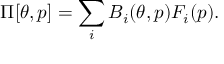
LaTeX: \Pi [ \theta , p ] = \sum _ { i } B _ { i } ( \theta , p ) F _ { i } ( p ) .